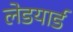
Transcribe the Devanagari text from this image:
लेडयार्ड